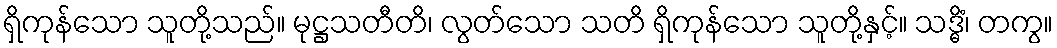
ရှိကုန်သော သူတို့သည်။ မုဋ္ဌသတီတိ၊ လွတ်သော သတိ ရှိကုန်သော သူတို့နှင့်။ သဒ္ဓိံ၊ တကွ။